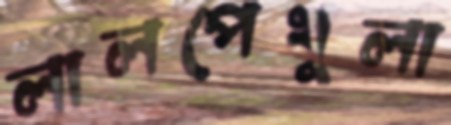
লালপেখুলা